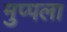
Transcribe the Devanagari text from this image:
मुप्पला